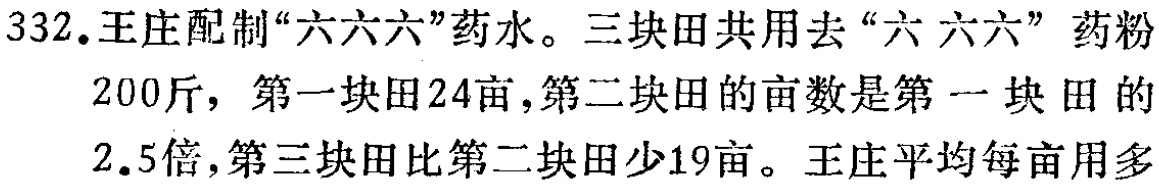
332.王庄配制“六六六”药水。三块田共用去“六六六”药粉
200斤，第一块田24亩，第二块田的亩数是第一块田的
2.5倍，第三块田比第二块田少19亩。王庄平均每亩用多